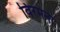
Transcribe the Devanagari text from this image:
विरमना